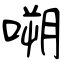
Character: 嗍